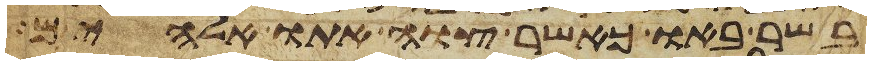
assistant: בשר באו כאשר צוה אתו אלהים